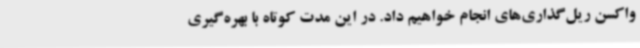
واکسن ریل‌گذاری‌های انجام خواهیم داد. در این مدت کوتاه با بهره‌گیری